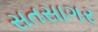
સતસાગર